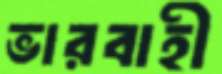
ভারবাহী